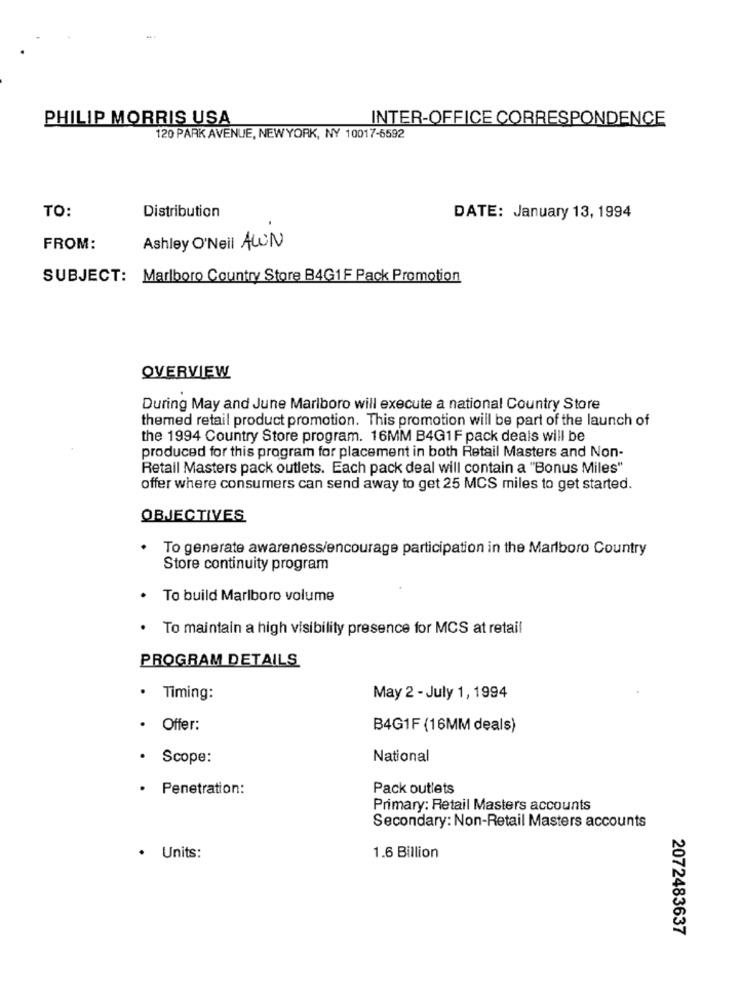
PHILIP MORRIS USA
INTER-OFFICE CORRESPONDENCE
120 PARK AVENUE, NEWYORK, NY 10017-6592
Distribution
TO:
DATE: January 13, 1994
FROM:
Ashley O'Neil AWN
SUBJECT: Marlboro Country Store B4G1F Pack Promotion
OVERVIEW
During May and June Marlboro will execute a national Country Store
themed retail product promotion. This promotion will be part of the launch of
the 1994 Country Store program. 16MM B4G1F pack deals will be
produced for this program for placement in both Retail Masters and Non-
Retail Masters pack outlets. Each pack deal will contain a "Bonus Miles"
offer where consumers can send away to get 25 MCS miles to get started.
OBJECTIVES
To generate awareness/encourage participation in the Marlboro Country
Store continuity program
To build Marlboro volume
To maintain a high visibility presence for MCS at retail
PROGRAM DETAILS
. Timing:
May 2 - July 1, 1994
· Offer:
B4G1F (16MM deals)
Scope:
National
· Penetration:
Pack outlets
Primary: Retail Masters accounts
Secondary: Non-Retail Masters accounts
· Units:
1.6 Billion
2072483637